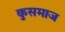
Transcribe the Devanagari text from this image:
कुसमाज